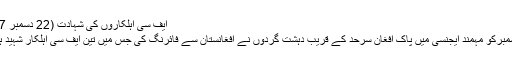
ایف سی اہلکاروں کی شہادت (22 دسمبر 2017)
22 دسمبرکو مہمند ایجنسی میں پاک افغان سرحد کے قریب دہشت گردوں نے افغانستان سے فائرنگ کی جس میں تین ایف سی اہلکار شہید ہوگئے۔